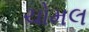
ચોમલ